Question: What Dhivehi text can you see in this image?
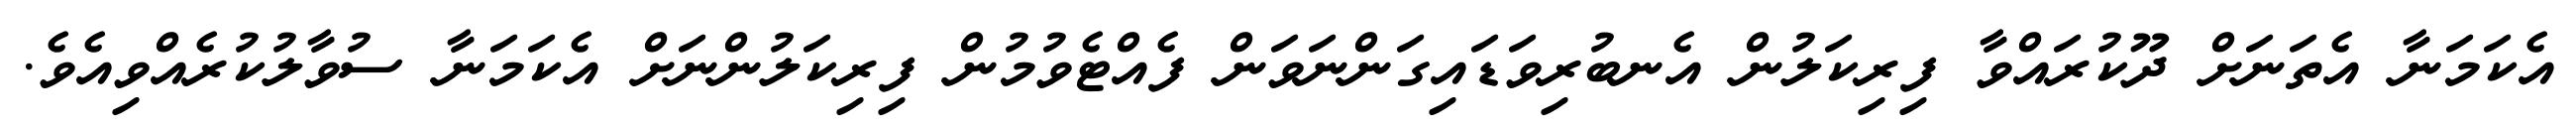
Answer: އެކަމަނާ އެތަނަށް ދޫކުރައްވާ ފިރިކަލުން އެނބުރިވަޑައިގަންނަވަން ފެއްޓެވުމުން ފިރިކަލުންނަށް އެކަމަނާ ސުވާލުކުރެއްވިއެވެ.